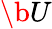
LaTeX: \b{U}